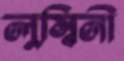
লুম্বিনী